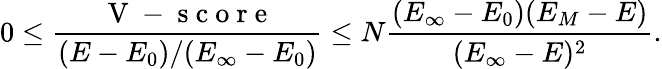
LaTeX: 0\le\frac{\mathrm{~V~-~s~c~o~r~e~}}{(E-E_{0})/(E_{\infty}-E_{0})}\le N\frac{(E_{\infty}-E_{0})(E_{M}-E)}{(E_{\infty}-E)^{2}}.